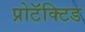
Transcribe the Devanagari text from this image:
प्रोटॅक्टिड